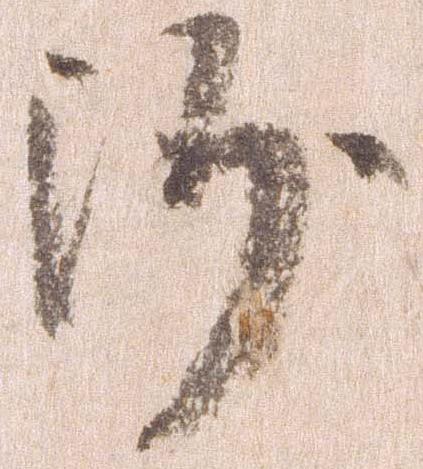
沙